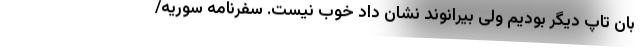
بان تاپ دیگر بودیم ولی بیرانوند نشان داد خوب نیست. سفرنامه سوریه/